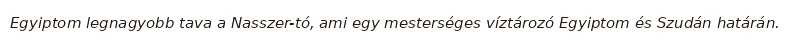
Egyiptom legnagyobb tava a Nasszer-tó, ami egy mesterséges víztározó Egyiptom és Szudán határán.